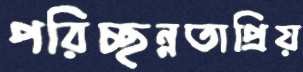
পরিচ্ছন্নতাপ্রিয়